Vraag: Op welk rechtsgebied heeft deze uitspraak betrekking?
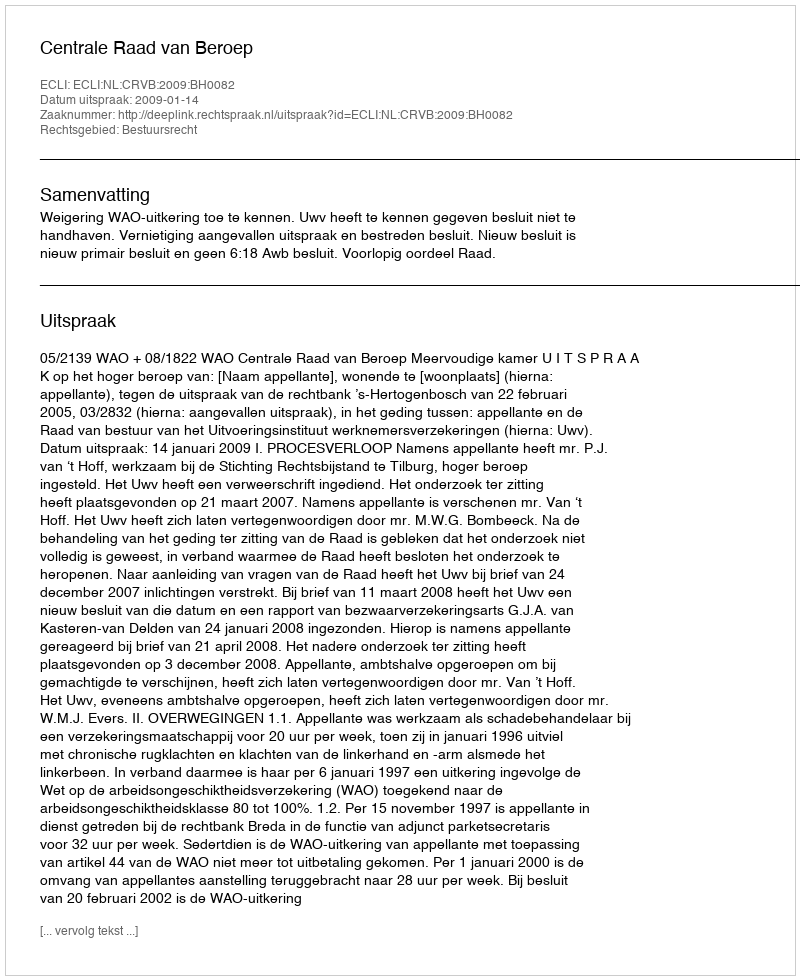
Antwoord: Bestuursrecht